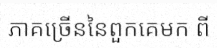
ភាគច្រើននៃពួកគេមក ពី